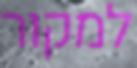
למקור